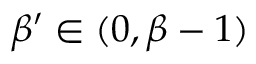
\beta ^ { \prime } \in ( 0 , \beta - 1 )